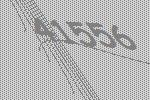
41556